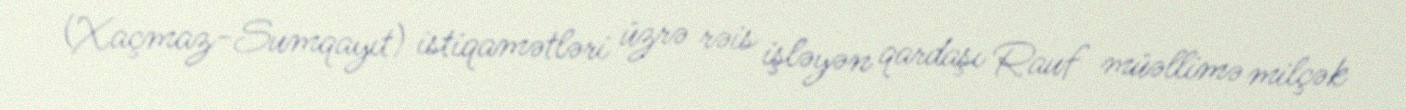
(Xaçmaz-Sumqayıt) istiqamətləri üzrə rəis işləyən qardaşı Rauf müəllimə milçək